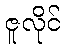
ဇူလိုင်